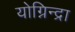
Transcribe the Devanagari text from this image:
योग्निन्द्रा